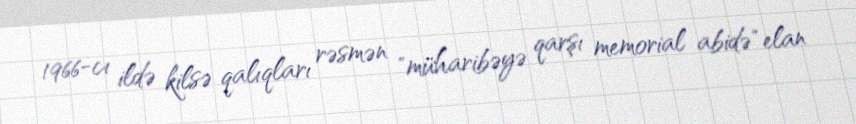
1966-cı ildə kilsə qalıqları rəsmən "müharibəyə qarşı memorial abidə" elan